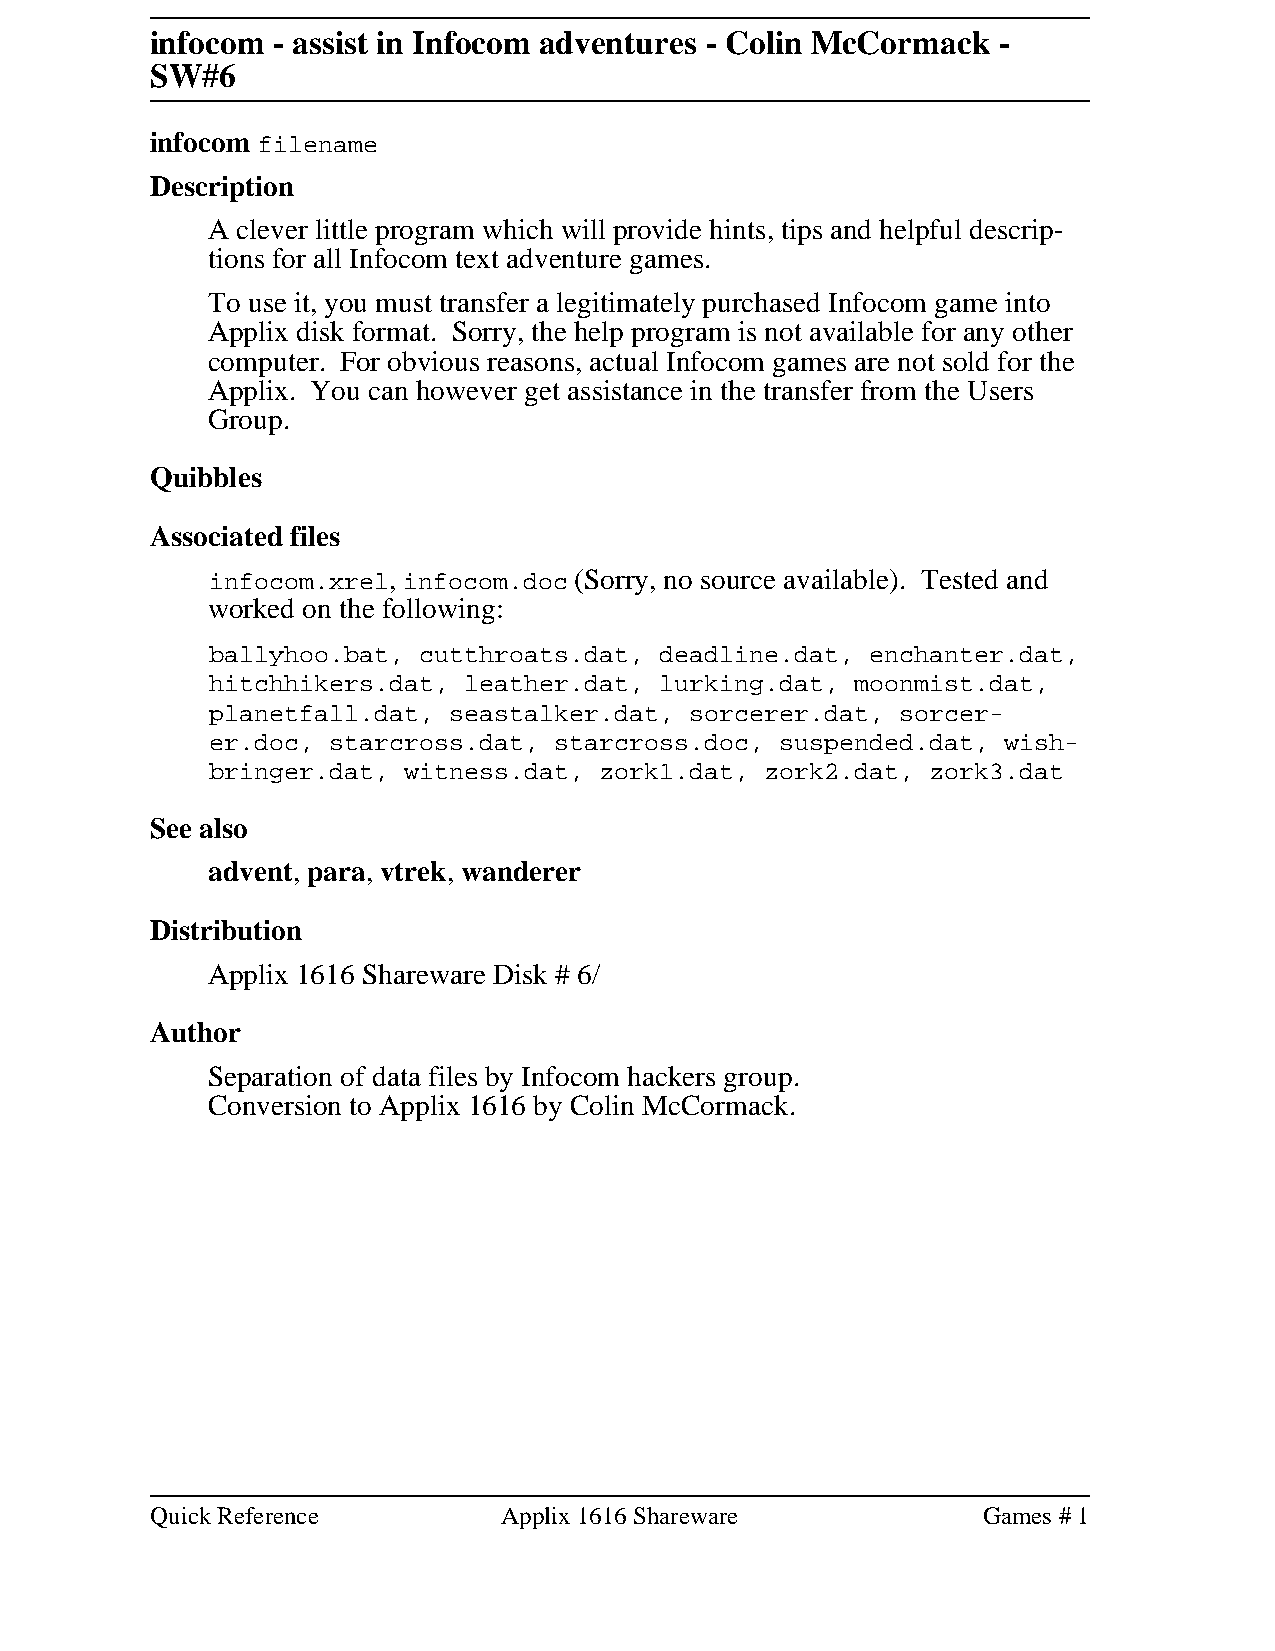
infocom - assist in Infocom adventures - Colin McCormack -
 SW#6
 infocom filename
 Description
 A clever little program which will provide hints, tips and helpful descrip-
 tions for all Infocom text adventure games.
 To use it, you must transfer a legitimately purchased Infocom game into
 Applix disk format. Sorry, the help program is not available for any other
 computer. For obvious reasons, actual Infocom games are not sold for the
 Applix. You can however get assistance in the transfer from the Users
 Group.
 Quibbles
 Associated files
 infocom.xrel, infocom.doc (Sorry, no source available). Tested and
 worked on the following:
 ballyhoo.bat, cutthroats.dat, deadline.dat, enchanter.dat,
 hitchhikers.dat, leather.dat, lurking.dat, moonmist.dat,
 planetfall.dat, seastalker.dat, sorcerer.dat, sorcer-
 er.doc, starcross.dat, starcross.doc, suspended.dat, wish-
 bringer.dat, witness.dat, zork1.dat, zork2.dat, zork3.dat
 See also
 advent, para, vtrek, wanderer
 Distribution
 Applix 1616 Shareware Disk # 6/
 Author
 Separation of data files by Infocom hackers group.
 Conversion to Applix 1616 by Colin McCormack.
 Quick Reference        Applix 1616 Shareware           Games # 1